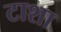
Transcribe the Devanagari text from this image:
टाशा